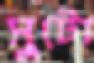
সুটো